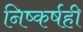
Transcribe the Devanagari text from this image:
निष्कर्षही